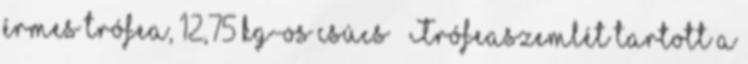
érmes trófea, 12,75 kg-os csúcs – Trófeaszemlét tartott a